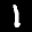
Label: 1